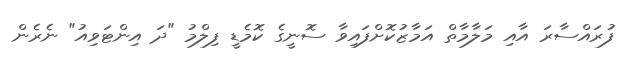
ފުރައްސާރަ އާއި މަލާމާތް އަމާޒުކޮށްފައިވާ ސޮނީގެ ކޮމެޑީ ފިލްމު "ދަ އިންޓަވިއު" ނެރެން